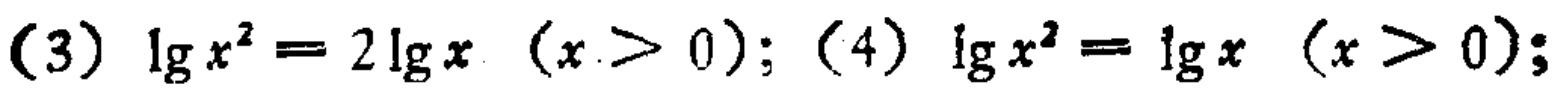
(3) \(\lg x^{2}=2\lg x\ (x > 0)\); (4) \(\lg x^{2}=\lg x\ (x > 0)\);